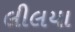
લીલયા